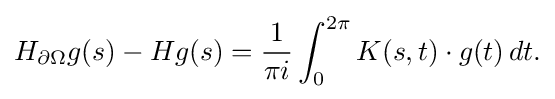
\displaystyle {H_{\partial \Omega }g(s)-Hg(s)={1 \over \pi i}\int _{0}^{2\pi }K(s,t)\cdot g(t)\,dt.}